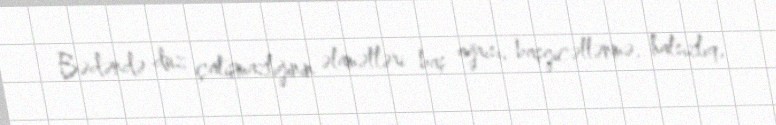
Bədəndə duz çatışmazlığının əlamətləri baş ağrısı, başgicəllənmə, halsızlıq,